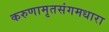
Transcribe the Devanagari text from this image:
करुणामृतसंगमधारा